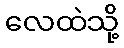
လေထဲသို့